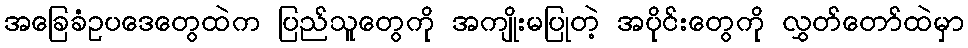
အခြေခံဥပဒေတွေထဲက ပြည်သူတွေကို အကျိုးမပြုတဲ့ အပိုင်းတွေကို လွှတ်တော်ထဲမှာ